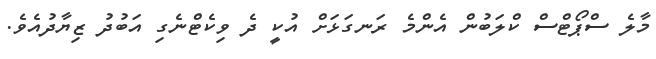
މާލެ ސްޕޯޓްސް ކްލަބުން އެންމެ ރަނގަޅަށް އުކީ ދެ ވިކެޓްނެގި އަބުދު ޒިޔާދުއެވެ.